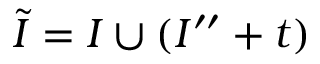
\tilde { I } = I \cup ( I ^ { \prime \prime } + t )